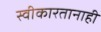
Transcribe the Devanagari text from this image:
स्वीकारतानाही